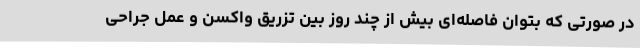
در صورتی که بتوان فاصله‌ای بیش از چند روز بین تزریق واکسن و عمل جراحی